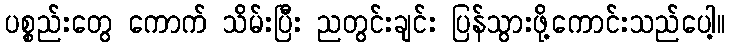
ပစ္စည်းတွေ ကောက် သိမ်းပြီး ညတွင်းချင်း ပြန်သွားဖို့ကောင်းသည်ပေါ့။